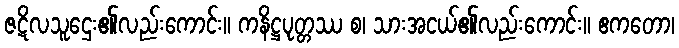
ဇဋိလသူဌေး၏လည်းကောင်း။ ကနိဋ္ဌပုတ္တဿ စ၊ သားအငယ်၏လည်းကောင်း။ ဧကတော၊